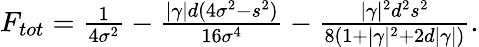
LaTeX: \begin{array}{r}{F_{tot}=\frac{1}{4\sigma^{2}}-\frac{|\gamma|d(4\sigma^{2}-s^{2})}{16\sigma^{4}}-\frac{|\gamma|^{2}d^{2}s^{2}}{8(1+|\gamma|^{2}+2d|\gamma|)}.}\end{array}